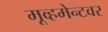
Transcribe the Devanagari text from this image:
मूव्हमेन्टवर